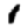
Digit: 1